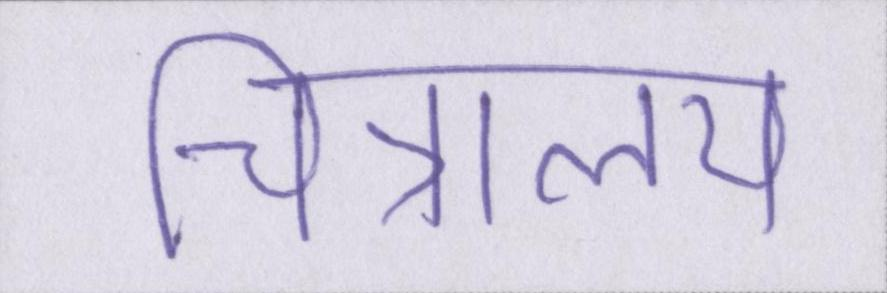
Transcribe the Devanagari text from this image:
चित्रालय